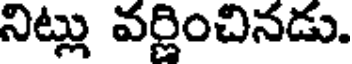
నిట్లు వర్ణించినడు.